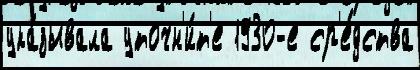
ука́зывала уточн'и́т'е 1930-е ср'е́дства